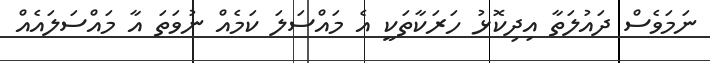
ނަމަވެސް ދައުލަތާ އިދިކޮޅު ހަރަކާތަކީ އެ މައްސަލަ ކަމެއް ނުވަތަ އާ މައްސަލައެއް